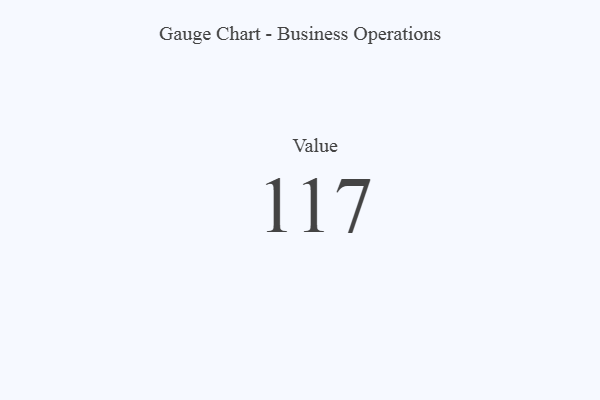
{"axis": {"x": "Metric", "y": "Value"}, "legend": [""], "data": [{"x": "Value", "y": 117, "type": ""}]}